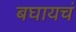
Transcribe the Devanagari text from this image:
बघायचं